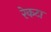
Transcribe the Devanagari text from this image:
रेकटा